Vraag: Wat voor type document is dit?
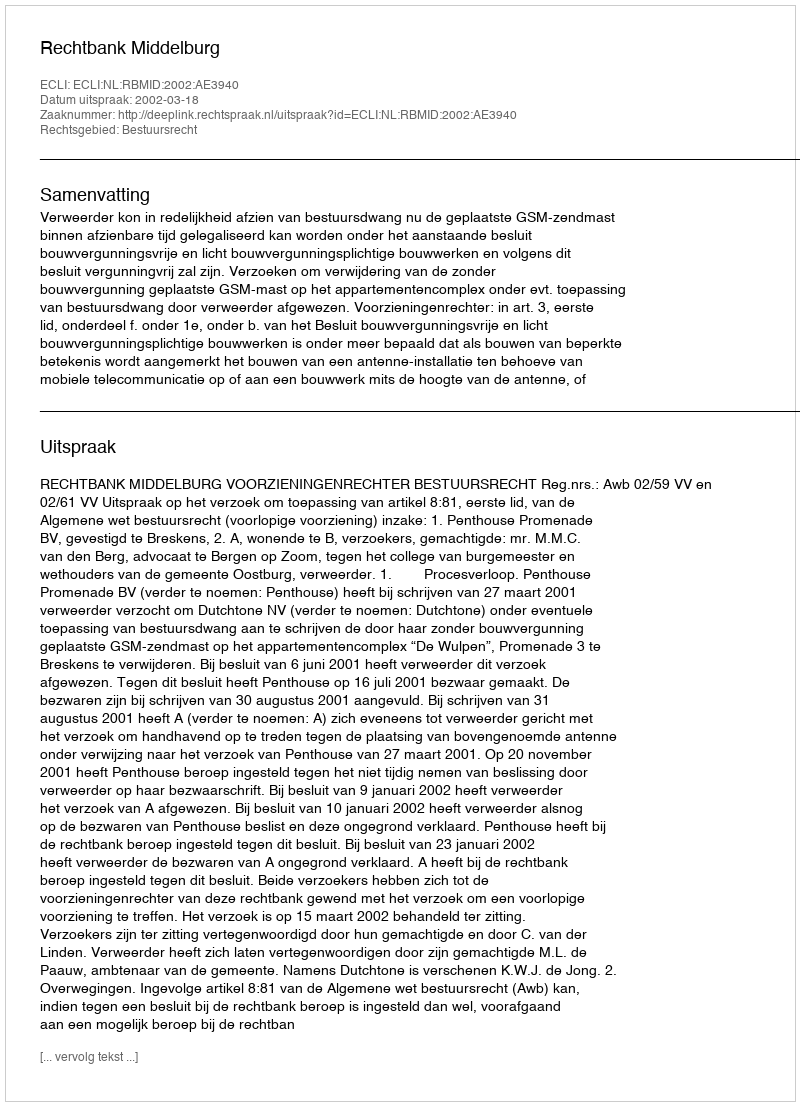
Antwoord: Uitspraak